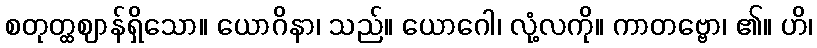
စတုတ္ထဈာန်ရှိသော။ ယောဂိနာ၊ သည်။ ယောဂေါ၊ လုံ့လကို။ ကာတဗ္ဗော၊ ၏။ ဟိ၊